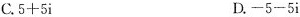
C.$$5 + 5 i$$ D.$$- 5 - 5 i$$